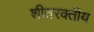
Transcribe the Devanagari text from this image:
शीतरक्तीय